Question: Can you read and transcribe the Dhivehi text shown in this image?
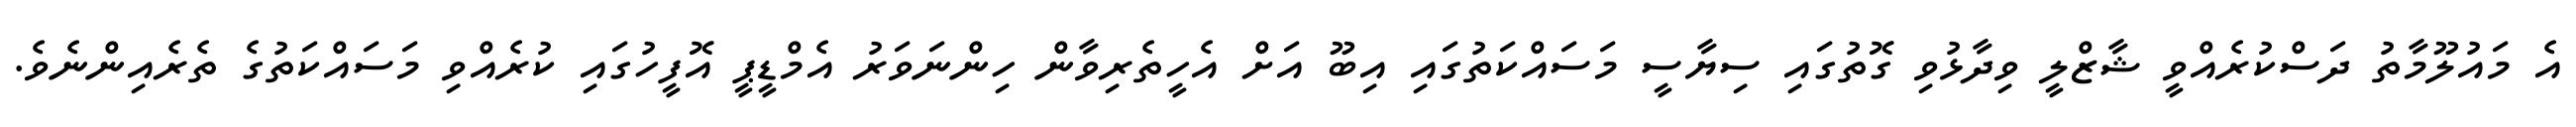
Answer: އެ މައުލޫމާތު ދަސްކުރެއްވީ ޝާޒްލީ ވިދާޅުވި ގޮތުގައި ސިޔާސީ މަސައްކަތުގައި އިބޫ އަށް އެހީތެރިވާން ހިންނަވަރު އެމްޑީޕީ އޮފީހުގައި ކުރެއްވި މަސައްކަތުގެ ތެރެއިންނެވެ.